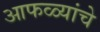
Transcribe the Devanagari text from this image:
आफळ्यांचे